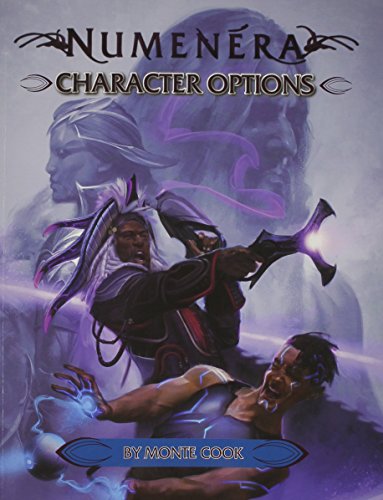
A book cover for Numenera Character Options; Monte Cook; Science Fiction & Fantasy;